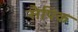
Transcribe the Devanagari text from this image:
सैपिक